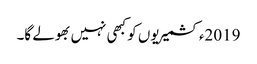
2019ءکشمیریوں کو کبھی نہیں بھولے گا۔